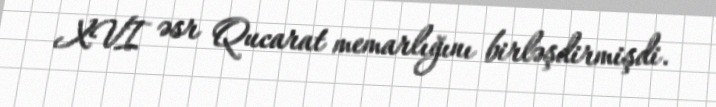
XVI əsr Qucarat memarlığını birləşdirmişdi.